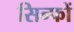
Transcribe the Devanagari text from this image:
सिन्फों